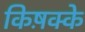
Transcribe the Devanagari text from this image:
किष़क्के